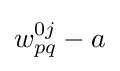
w_{pq}^{0j}-a